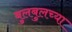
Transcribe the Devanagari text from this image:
बुलबुलच्या